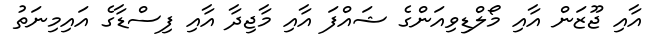
އާއި ޖޫޒަން އާއި މޯލްޑިވިއަންގެ ޝައްފަ އާއި މާޖިދާ އާއި ފިސްޑާގެ އައިމިނަތު